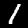
Digit: 1